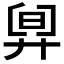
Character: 𣆼